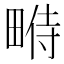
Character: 𤲔